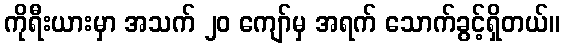
ကိုရီးယားမှာ အသက် ၂၀ ကျော်မှ အရက် သောက်ခွင့်ရှိတယ်။